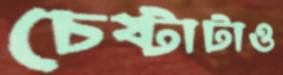
চেষ্টাটাও